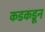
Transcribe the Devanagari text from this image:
कडकडून